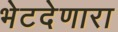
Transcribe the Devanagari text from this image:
भेटदेणारा